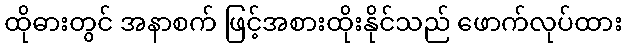
ထိုဓားတွင် အနာစက် ဖြင့်အစားထိုးနိုင်သည် ဖောက်လုပ်ထား